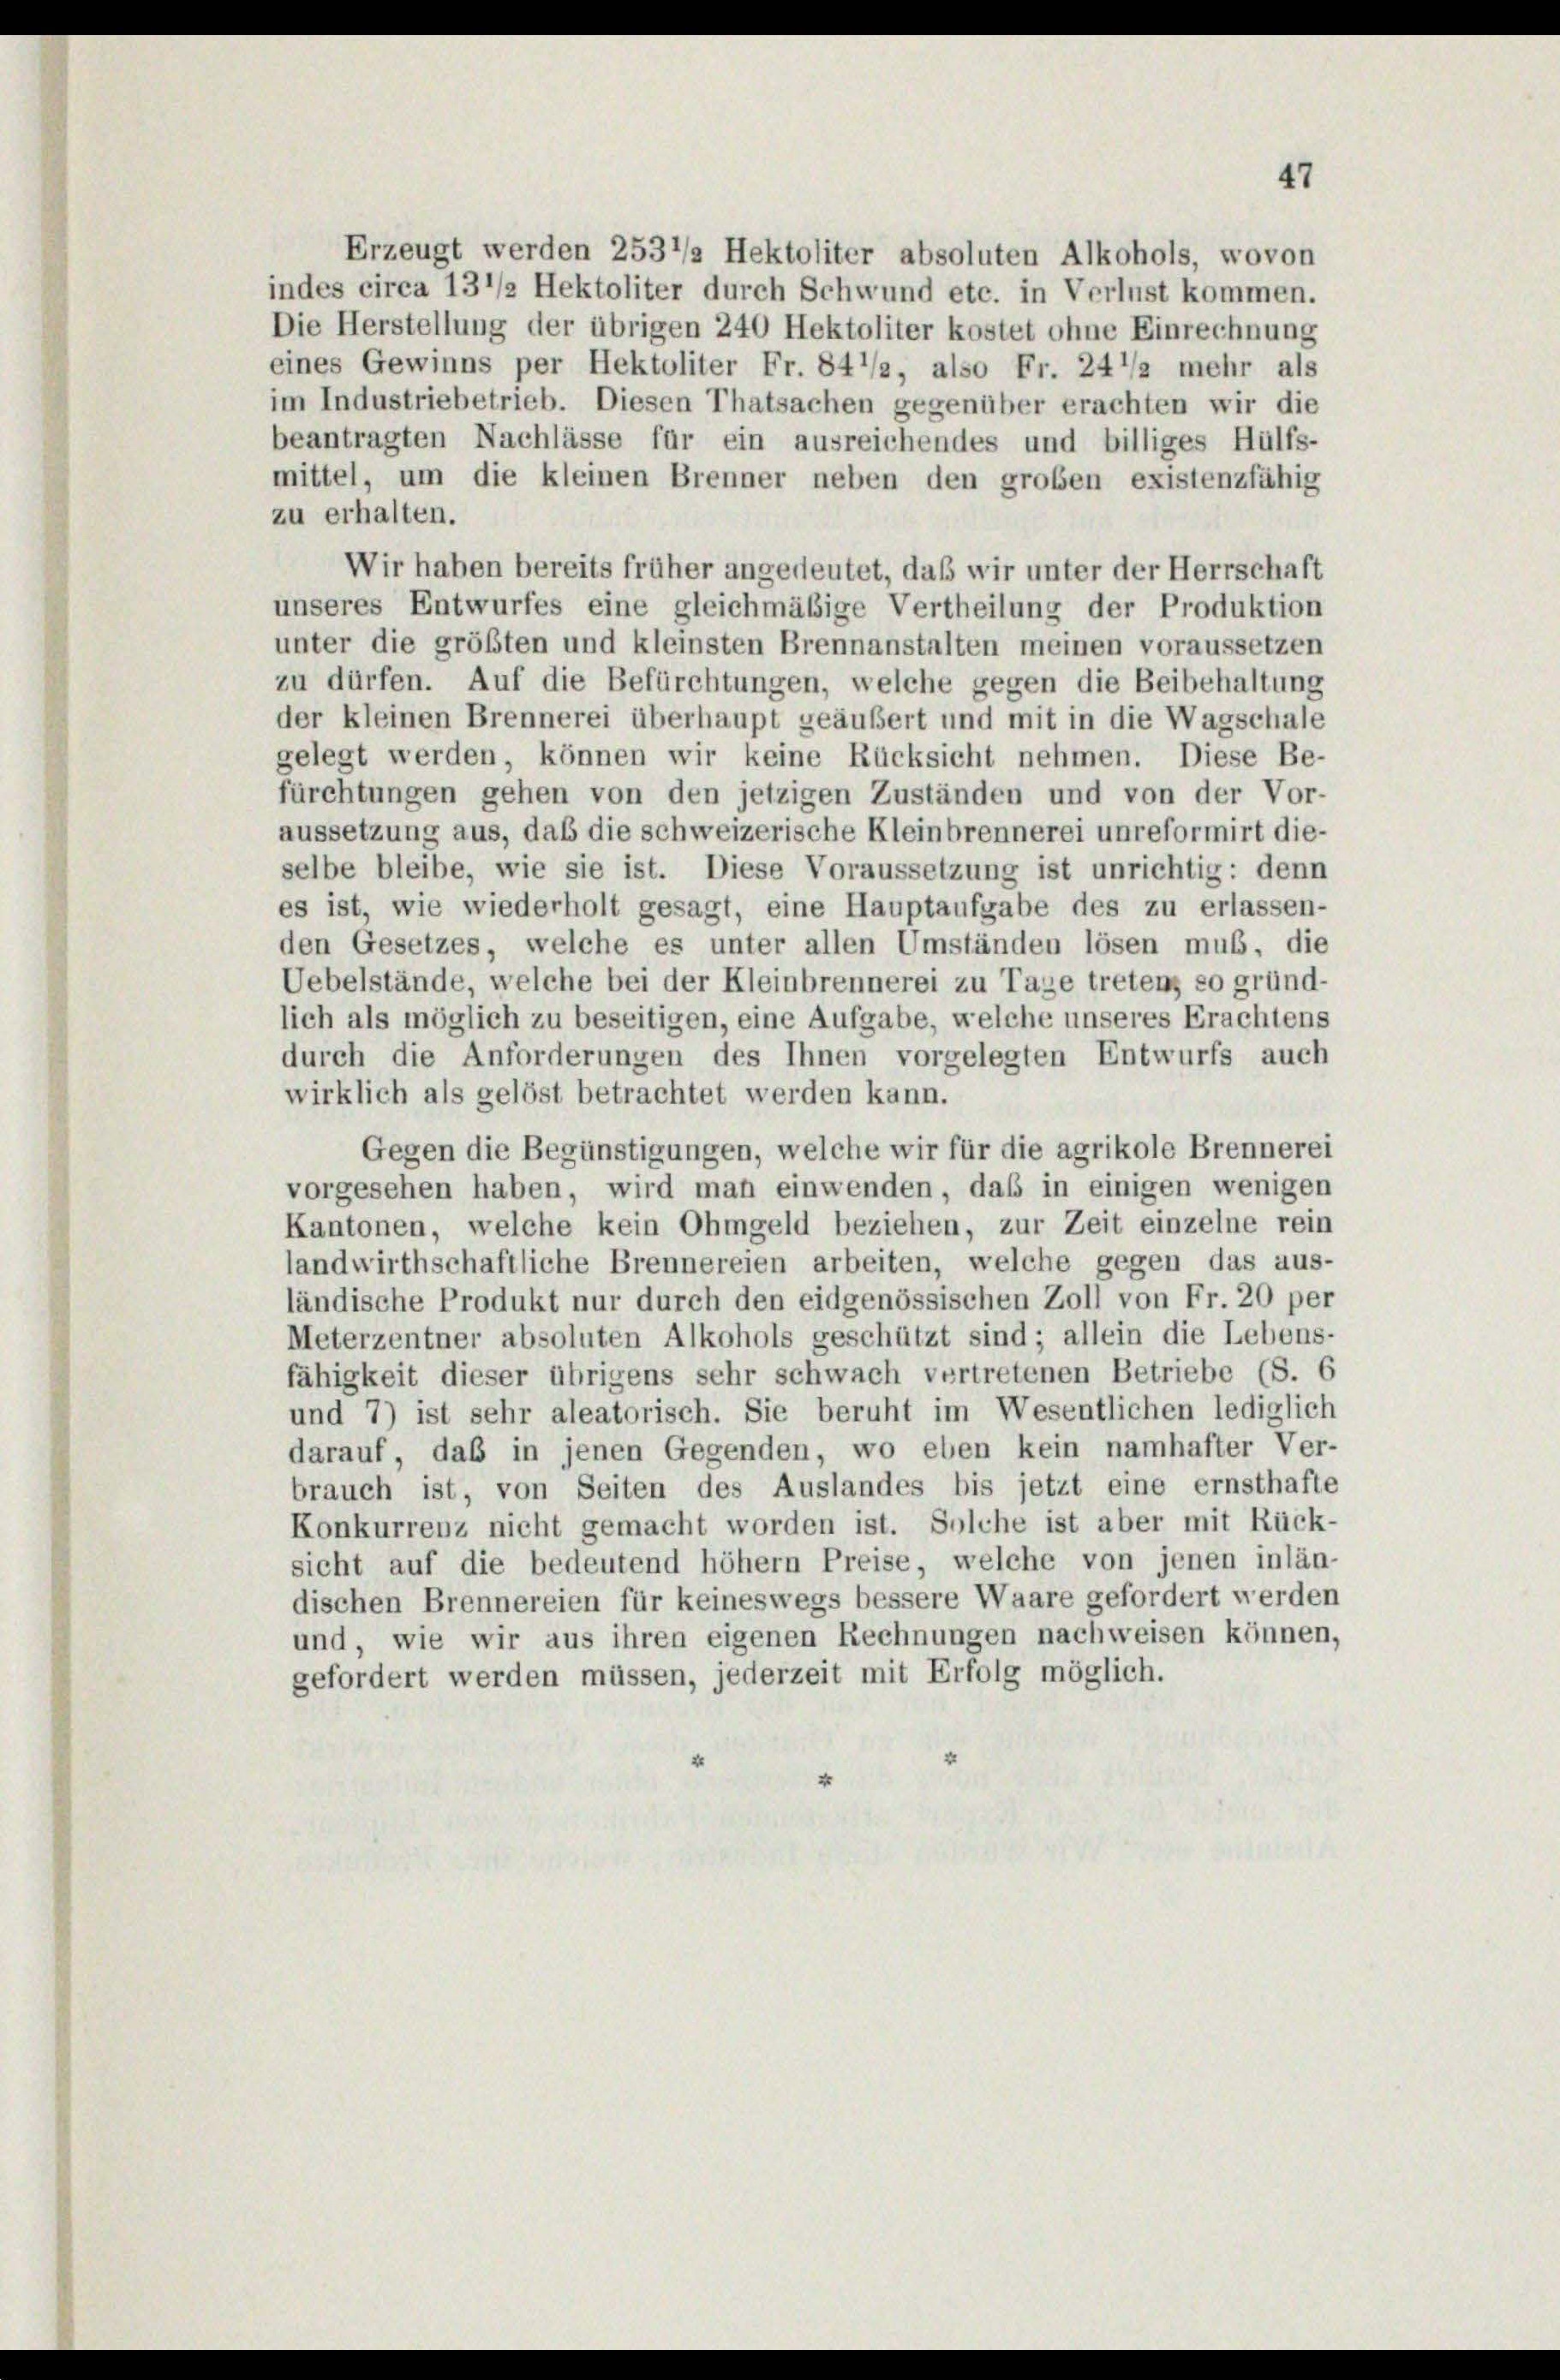
Erzeugt werden 2537/ Hektoliter absoluten Alkohols, wovon
indes circa 13 1/2 Hektoliter durch Schwund etc. in Verlust kommen.
Die Herstellung der übrigen 240 Hektoliter kostet ohne Einrechnung
eines Gewinns per Hektoliter Fr. 847/2, also Fr. 241/2 mehr als
im Industriebetrieb. Diesen Thatsachen gegenüber erachten wir die
beantragten Nachlässe für ein ausreichendes und billiges Hülfs-
mittel, um die kleinen Brenner neben den groben existenzfähig
zu erhalten.
Wir haben bereits früher angedeutet, daß wir unter der Herrschaft
unseres Entwurfes eine gleichmäßige Vertheilung der Produktion
unter die größten und kleinsten Brennanstalten meinen voraussetzen
zu dürfen. Auf die Befürchtungen, welche gegen die Beibehaltung
der kleinen Brennerei überhaupt geäußert und mit in die Wagschale
gelegt werden, können wir keine Rücksicht nehmen. Diese Be-
fürchtungen gehen von den jetzigen Zuständen und von der Vor-
aussetzung aus, daß die schweizerische Kleinbrennerei unreformirt die-
selbe bleibe, wie sie ist. Diese Voraussetzung ist unrichtig: denn
es ist, wie wiederholt gesagt, eine Hauptaufgabe des zu erlassen-
den Gesetzes, welche es unter allen Umständen lösen muß, die
Uebelstände, welche bei der Kleinbrennerei zu Tage tretens so gründ-
lich als möglich zu beseitigen, eine Aufgabe, welche unseres Erachtens
durch die Anforderungen des Ihnen vorgelegten Entwurfs auch
wirklich als gelöst betrachtet werden kann.
Gegen die Begünstigungen, welche wir für die agrikole Brennerei
vorgesehen haben, wird man einwenden, daß in einigen wenigen
Kantonen, welche kein Ohmgeld beziehen, zur Zeit einzelne rein
landwirthschaftliche Brennereien arbeiten, welche gegen das aus-
ländische Produkt nur durch den eidgenössischen Zoll von Fr. 20 per
Meterzentner absoluten Alkohols geschützt sind; allein die Lebens-
fähigkeit dieser übrigens sehr schwach vertretenen Betriebe (S. 6
und 7) ist sehr aleatorisch. Sie beruht im Wesentlichen lediglich
darauf, daß in jenen Gegenden, wo eben kein namhafter Ver-
brauch ist, von Seiten des Auslandes bis jetzt eine ernsthafte
Konkurrenz nicht gemacht worden ist. Solche ist aber mit Rück-
sicht auf die bedeutend höhem Preise, welche von jenen inlän-
dischen Brennereien für keineswegs bessere Waare gefordert werden
und, wie wir aus ihren eigenen Rechnungen nachweisen können,
gefordert werden müssen, jederzeit mit Erfolg möglich.

47